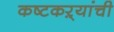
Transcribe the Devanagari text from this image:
कष्टकऱ्यांची